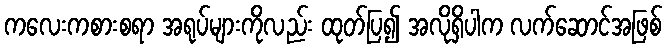
ကလေးကစားစရာ အရုပ်များကိုလည်း ထုတ်ပြ၍ အလိုရှိပါက လက်ဆောင်အဖြစ်